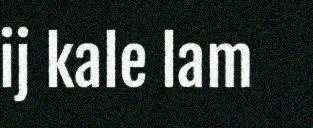
ij kale lam